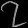
Digit: ၇